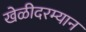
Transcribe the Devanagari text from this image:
खेळीदरम्यान